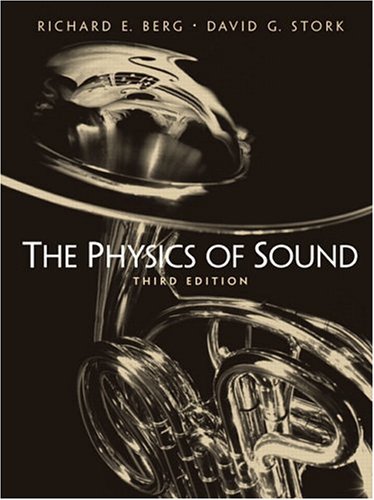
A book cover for The Physics of Sound, 3rd Edition; Richard E Berg; Science & Math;